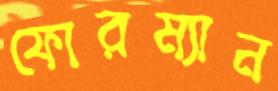
ফোরম্যান